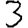
Digit: 3